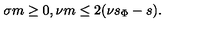
\sigma m \ge 0 , \nu m \le 2 ( \nu s _ { \Phi } - s ) .